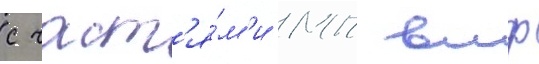
с част'я́м'и мп вмф